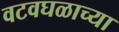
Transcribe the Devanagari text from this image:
वटवघळाच्या